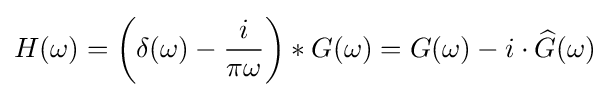
H(\omega )=\left(\delta (\omega )-{i \over \pi \omega }\right)*G(\omega )=G(\omega )-i\cdot {\widehat {G}}(\omega )